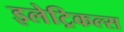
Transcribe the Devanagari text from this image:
इलेट्रिकल्स